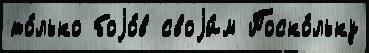
то́лько боjо́в своjи́м Поско́льку